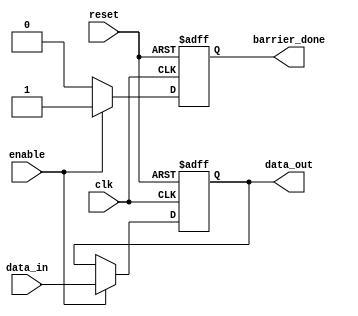
module BarrierRegister #(
    parameter NUM_INPUTS = 4 // Number of input signals
)(
    input  wire                  clk,           // Clock signal
    input  wire                  reset,         // Asynchronous reset
    input  wire [NUM_INPUTS-1:0] data_in,      // Data inputs
    input  wire                  enable,        // Enable signal
    output reg  [NUM_INPUTS-1:0] data_out,     // Synchronized outputs
    output reg                   barrier_done   // Barrier condition indicator
);

    always @(posedge clk or posedge reset) begin
        if (reset) begin
            // Asynchronous reset: clear output registers
            data_out <= {NUM_INPUTS{1'b0}};
            barrier_done <= 1'b0;
        end else begin
            if (enable) begin
                // Capture input data when enable is high
                data_out <= data_in;
                barrier_done <= 1'b1; // Indicate that the barrier condition is achieved
            end else begin
                barrier_done <= 1'b0; // Reset the barrier condition
            end
        end
    end

endmodule